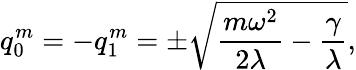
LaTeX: q_{0}^{m}=-q_{1}^{m}=\pm\sqrt{\frac{m\omega^{2}}{2\lambda}-\frac{\gamma}{\lambda}},